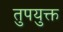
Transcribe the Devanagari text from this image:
तुपयुक्त